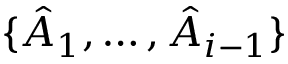
\{ \hat { A } _ { 1 } , \dotsc , \hat { A } _ { i - 1 } \}